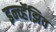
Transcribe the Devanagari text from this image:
इन्व्हॅझिव